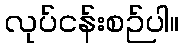
လုပ်ငန်းစဉ်ပါ။